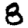
Digit: 8